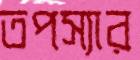
তপস্যার